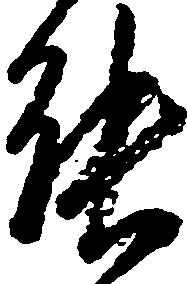
能